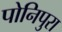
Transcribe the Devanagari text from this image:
पोनिपुरा